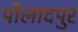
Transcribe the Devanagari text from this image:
पोलादपुर